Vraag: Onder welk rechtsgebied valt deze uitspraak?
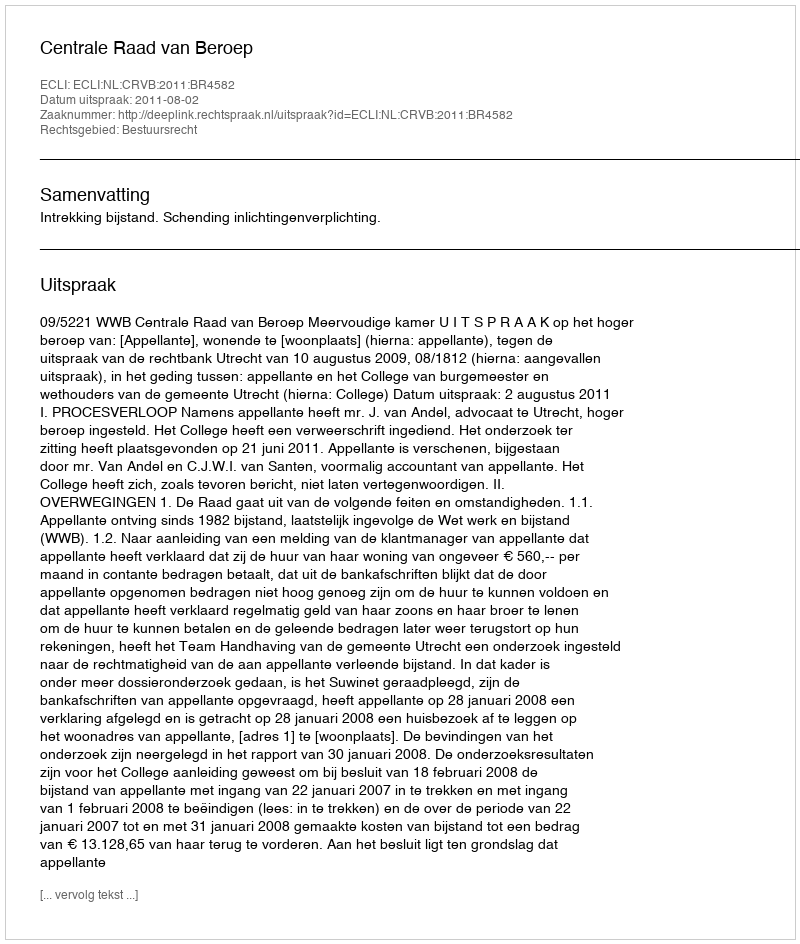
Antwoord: Bestuursrecht